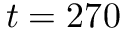
t = 2 7 0